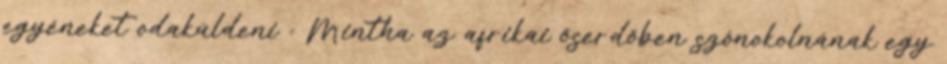
egyéneket odaküldeni : Mintha az afrikai őserdőben szónokolnának egy